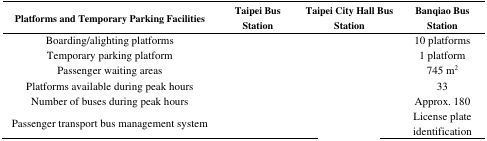
<table><thead><tr><td><b>Platforms and Temporary Parking Facilities</b></td><td><b>Taipei Bus Station</b></td><td><b>Taipei City Hall Bus Station</b></td><td><b>Banqiao Bus Station</b></td></tr></thead><tbody><tr><td>Boarding/alighting platforms</td><td>[EMPTY_CELL]</td><td>[EMPTY_CELL]</td><td>10 platforms</td></tr><tr><td>Temporary parking platform</td><td>[EMPTY_CELL]</td><td>[EMPTY_CELL]</td><td>1 platform</td></tr><tr><td>Passenger waiting areas</td><td>[EMPTY_CELL]</td><td>[EMPTY_CELL]</td><td>745 m<sup>2</sup></td></tr><tr><td>Platforms available during peak hours</td><td>[EMPTY_CELL]</td><td>[EMPTY_CELL]</td><td>33</td></tr><tr><td>Number of buses during peak hours</td><td>[EMPTY_CELL]</td><td>[EMPTY_CELL]</td><td>Approx. 180</td></tr><tr><td>Passenger transport bus management system</td><td>[EMPTY_CELL]</td><td>[EMPTY_CELL]</td><td>License plate identification</td></tr></tbody></table>